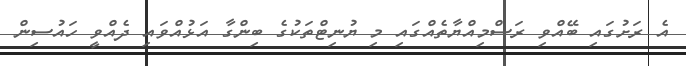
އެ ރަށުގައި ބޭއްވި ރަސްމިއްޔާތެއްގައި މި ޔުނިޓްތަކުގެ ބިންގާ އަޅުއްވައި ދެއްވީ ހައުސިން